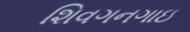
શિવગનગાઇ